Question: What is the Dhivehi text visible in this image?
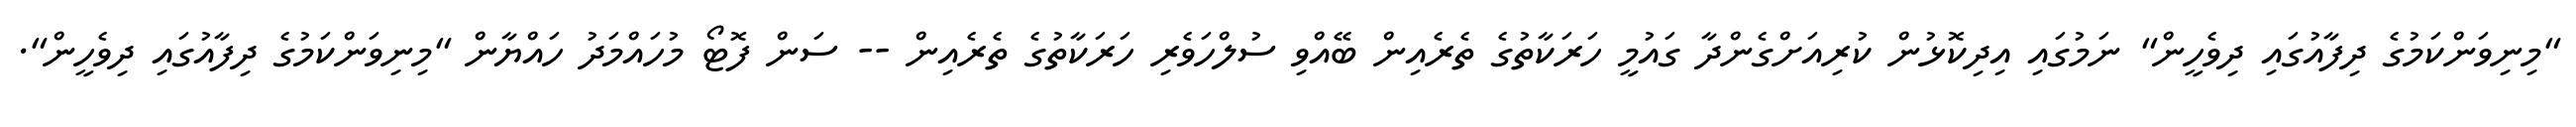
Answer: "މިނިވަންކަމުގެ ދިފާއުގައި ދިވެހީން" ނަމުގައި އިދިކޮޅުން ކުރިއަށްގެންދާ ގައުމީ ހަރަކާތުގެ ތެރެއިން ބޭއްވި ސުލްހަވެރި ހަރަކާތުގެ ތެރެއިން -- ސަން ފޮޓޯ މުހައްމަދު ހައްޔާން "މިނިވަންކަމުގެ ދިފާއުގައި ދިވެހީން".